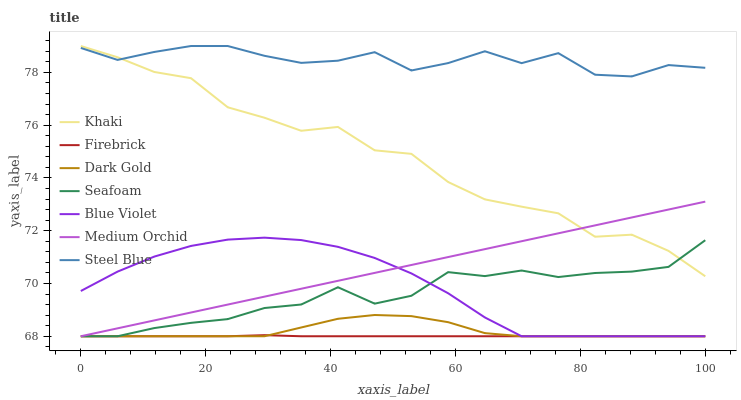
| xaxis_label | Khaki | Firebrick | Dark Gold | Seafoam | Blue Violet | Medium Orchid | Steel Blue |
 | --- | --- | --- | --- | --- | --- | --- | --- |
 | 0 | 79 | 68 | 68 | 68 | 69.7 | 68 | 78.9 |
 | 5.88 | 78.6 | 68 | 68 | 68 | 70.4 | 68.3 | 78.5 |
 | 11.8 | 78 | 68 | 68 | 68.3 | 71 | 68.6 | 78.8 |
 | 17.6 | 77.8 | 68 | 68 | 68.5 | 71.4 | 68.9 | 79 |
 | 23.5 | 76.7 | 68 | 68 | 68.6 | 71.7 | 69.2 | 79 |
 | 29.4 | 76.3 | 68 | 68 | 69.1 | 71.7 | 69.5 | 78.6 |
 | 35.3 | 75.8 | 68 | 68.3 | 69.2 | 71.6 | 69.8 | 78.4 |
 | 41.2 | 75.9 | 68 | 68.7 | 69.9 | 71.4 | 70.1 | 78.4 |
 | 47.1 | 75 | 68 | 68.8 | 69.2 | 71 | 70.4 | 78.8 |
 | 52.9 | 74.9 | 68 | 68.8 | 69.5 | 70.4 | 70.7 | 78.1 |
 | 58.8 | 73.8 | 68 | 68.5 | 70.4 | 69.6 | 71 | 78.4 |
 | 64.7 | 73.2 | 68 | 68.1 | 70.3 | 68.7 | 71.3 | 78.8 |
 | 70.6 | 72.9 | 68 | 68 | 70.5 | 68 | 71.6 | 78.4 |
 | 76.5 | 72.7 | 68 | 68 | 70.2 | 68 | 71.9 | 78.7 |
 | 82.4 | 71.8 | 68 | 68 | 70.4 | 68 | 72.2 | 77.9 |
 | 88.2 | 71.8 | 68 | 68 | 70.4 | 68 | 72.5 | 77.8 |
 | 94.1 | 71.2 | 68 | 68 | 70.6 | 68 | 72.8 | 78.3 |
 | 100 | 70.3 | 68 | 68 | 71.6 | 68 | 73.1 | 78.2 |